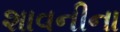
શાવનીના